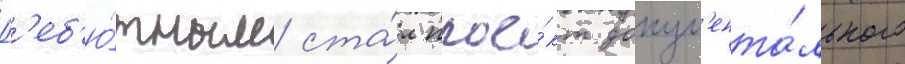
Д'еб'ю́тным ста́л прое́кт докум'ента́льного